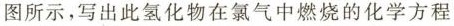
图所示，写出此氢化物在氯气中燃烧的化学方程